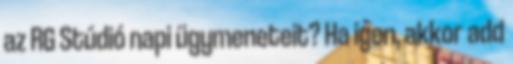
az RG Stúdió napi ügymeneteit? Ha igen, akkor add